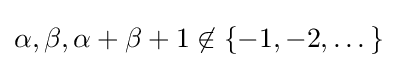
\alpha ,\beta ,\alpha +\beta +1\not \in \{-1,-2,\dots \}